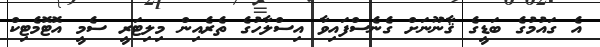
އެ ގައުމުގެ ބަޑީގެ ޤާނޫނަށް ގެނެސްފައިވާ އިސްލާހުގެ ތެރެއިން މިލިޓަރީ ސެމީ އޮޓޮމެޓިކް